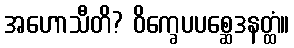
အဟောသီတိ? ဝိက္ခေပပစ္ဆေဒနတ္ထံ။